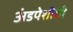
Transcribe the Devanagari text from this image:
अंडपेशीशी